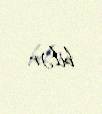
bilər.